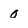
Character: 0